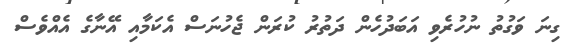
ގިނަ ވަގުތު ނުހުރެވި އަބަދުހެން ދަތުރު ކުރަން ޖެހުނަސް އެކަމާއި އޭނާގެ އެއްވެސް